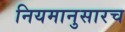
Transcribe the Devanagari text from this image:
नियमानुसारच